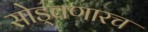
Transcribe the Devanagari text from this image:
सोड्वणारच